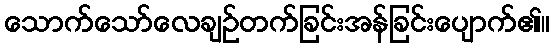
သောက်သော်လေချဉ်တက်ခြင်းအန်ခြင်းပျောက်၏။